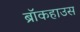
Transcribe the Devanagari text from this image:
ब्रॉकहाउस